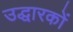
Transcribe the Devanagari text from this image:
उद्धारकों